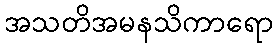
အသတိအမနသိကာရော